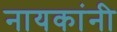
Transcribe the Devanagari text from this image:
नायकांनी